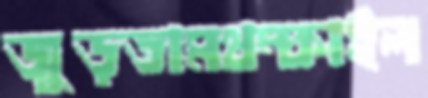
জুড়তামথম্‌কাইল